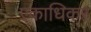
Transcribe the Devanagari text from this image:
एकाधिकर